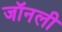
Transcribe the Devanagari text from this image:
जॉनली